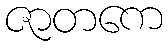
ဇာတကေ